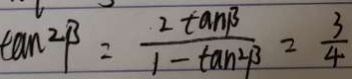
\tan 2 \beta = \frac { 2 \tan \beta } { 1 - \tan 2 \beta } = \frac { 3 } { 4 }